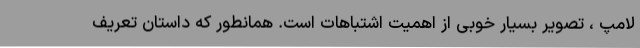
لامپ ، تصویر بسیار خوبی از اهمیت اشتباهات است. همانطور که داستان تعریف